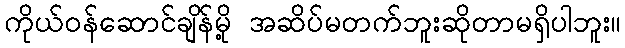
ကိုယ်ဝန်ဆောင်ချိန်မို့ အဆိပ်မတက်ဘူးဆိုတာမရှိပါဘူး။